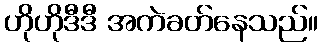
ဟိုဟိုဒီဒီ အကဲခတ်နေသည်။